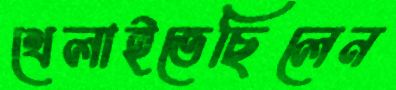
খেলাইতেছিলেন